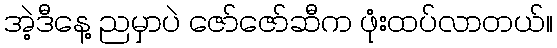
အဲ့ဒီနေ့ ညမှာပဲ ဇော်ဇော်ဆီက ဖုံးထပ်လာတယ်။